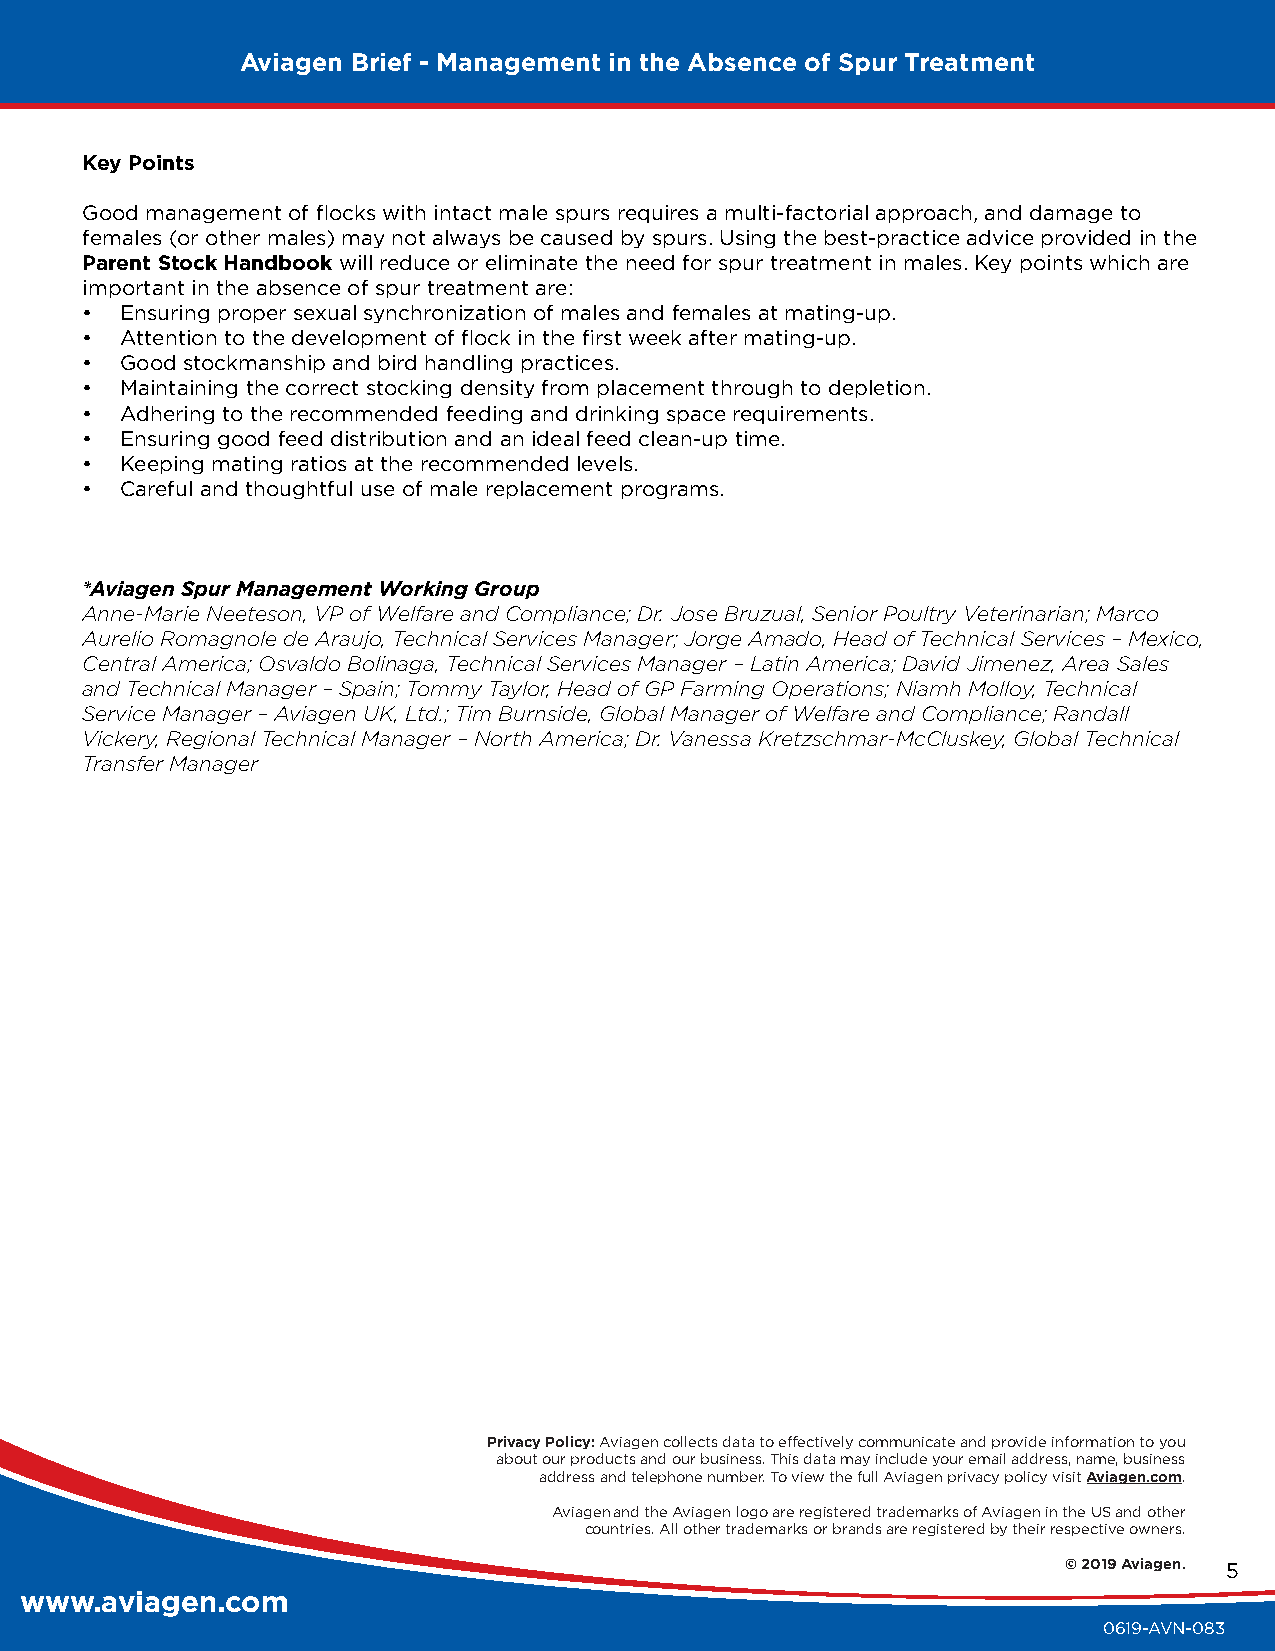
Aviagen Brief - Management in the Absence of Spur Treatment
 Key Points
 Good management of flocks with intact male spurs requires a multi-factorial approach, and damage to
 females (or other males) may not always be caused by spurs. Using the best-practice advice provided in the
 Parent Stock Handbook will reduce or eliminate the need for spur treatment in males. Key points which are
 important in the absence of spur treatment are:
 •  Ensuring proper sexual synchronization of males and females at mating-up.
 •  Attention to the development of flock in the first week after mating-up.
 •  Good stockmanship and bird handling practices.
 •  Maintaining the correct stocking density from placement through to depletion.
 •  Adhering to the recommended feeding and drinking space requirements.
 •  Ensuring good feed distribution and an ideal feed clean-up time.
 •  Keeping mating ratios at the recommended levels.
 •  Careful and thoughtful use of male replacement programs.
 *Aviagen Spur Management Working Group
 Anne-Marie Neeteson, VP of Welfare and Compliance; Dr. Jose Bruzual, Senior Poultry Veterinarian; Marco
 Aurelio Romagnole de Araujo, Technical Services Manager; Jorge Amado, Head of Technical Services – Mexico,
 Central America; Osvaldo Bolinaga, Technical Services Manager – Latin America; David Jimenez, Area Sales
 and Technical Manager – Spain; Tommy Taylor, Head of GP Farming Operations; Niamh Molloy, Technical
 Service Manager – Aviagen UK, Ltd.; Tim Burnside, Global Manager of Welfare and Compliance; Randall
 Vickery, Regional Technical Manager – North America; Dr. Vanessa Kretzschmar-McCluskey, Global Technical
 Transfer Manager
 Privacy Policy: Aviagen collects data to effectively communicate and provide information to you
 about our products and our business. This data may include your email address, name, business
 address and telephone number. To view the full Aviagen privacy policy visit Aviagen.com.
 Aviagen and the Aviagen logo are registered trademarks of Aviagen in the US and other
 countries. All other trademarks or brands are registered by their respective owners.
 © 2019 Aviagen. 5
 www.aviagen.com
 0619-AVN-083